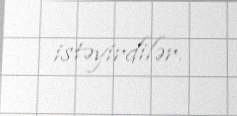
istəyirdilər.